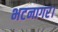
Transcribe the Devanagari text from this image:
भटनागर।